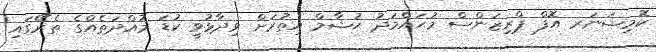
ކޮމިޝަނަރ އޮފް ޕްރިޒަންސް މުޙައްމަދު ޙުޝާމް އިތުރަށް ވިދާޅުވީ ކުޑަ މުއްދަތެއްގެ ތެރޭގައި